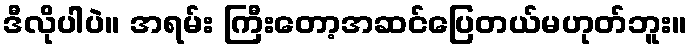
ဒီလိုပါပဲ။ အရမ်း ကြီးတော့အဆင်ပြေတယ်မဟုတ်ဘူး။